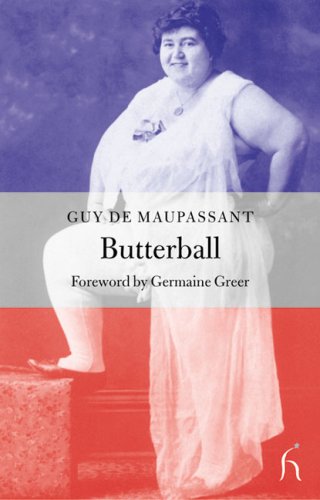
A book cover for Butterball (Hesperus Classics); Guy de Maupassant; Literature & Fiction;